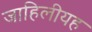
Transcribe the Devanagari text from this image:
जाहिलीयह